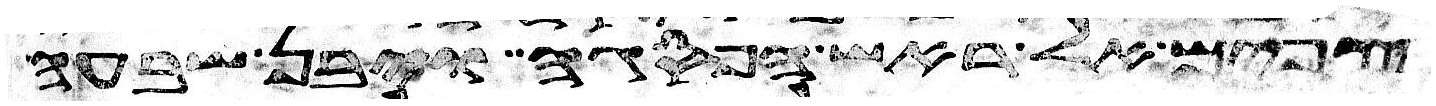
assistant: צפים אל ראש הפסגה ויבן שבעה